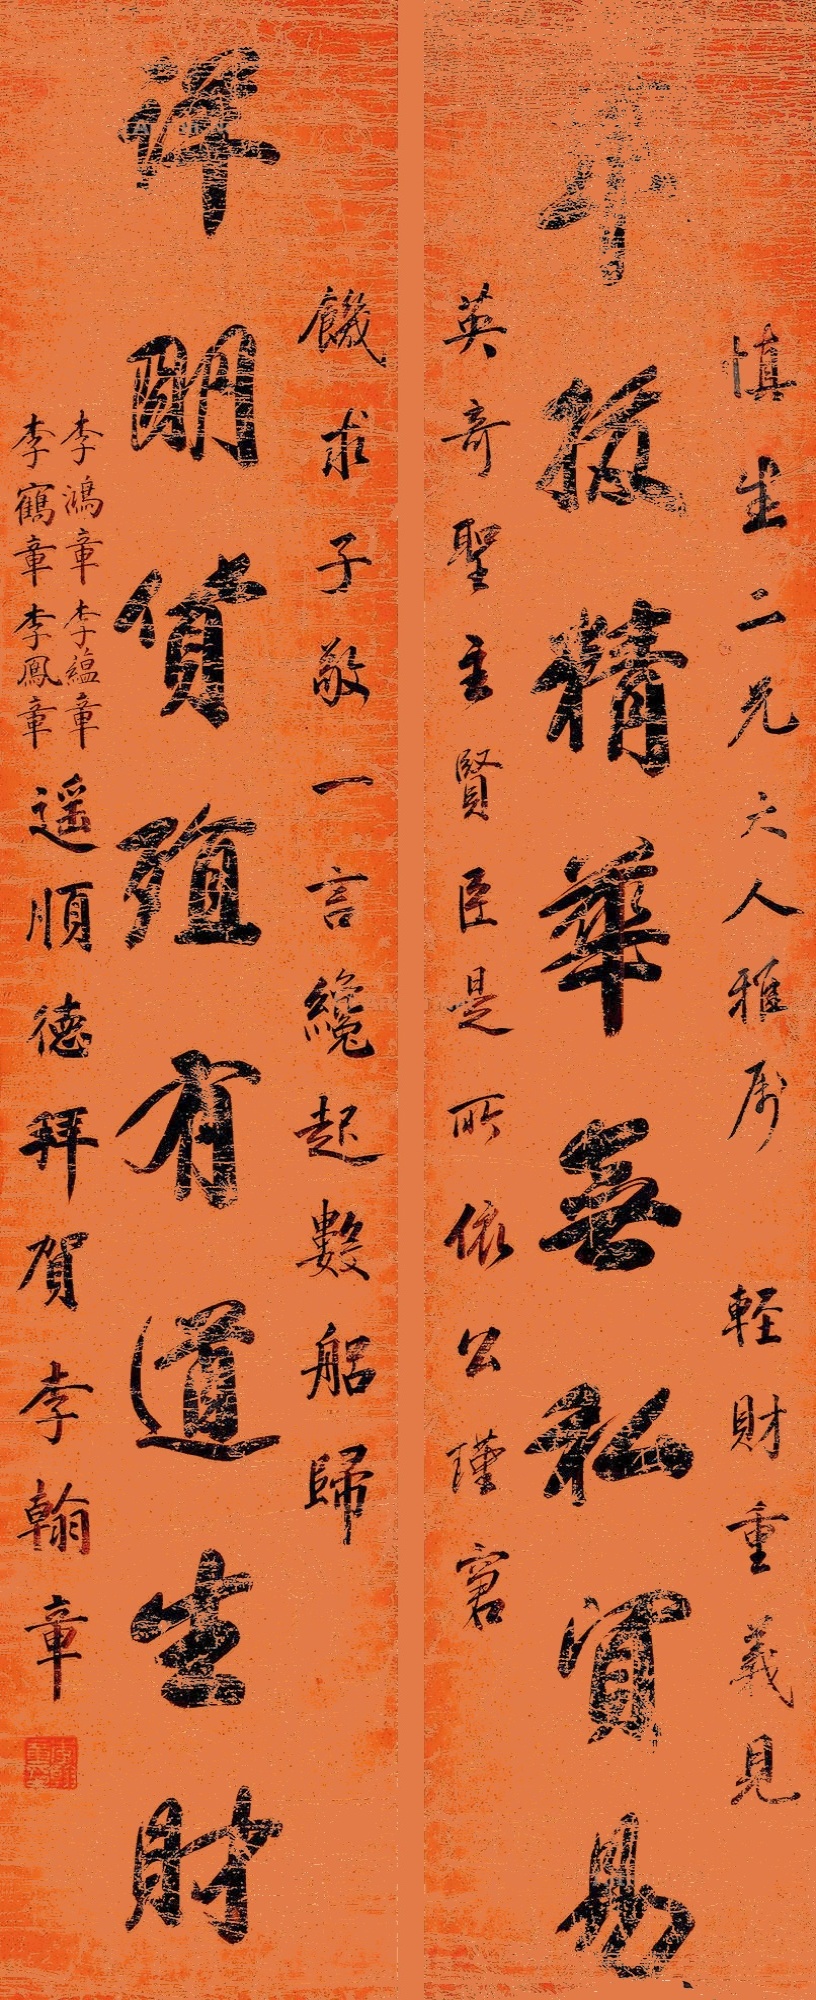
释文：萃拔精华无私贸易，详明货殖有道生财。慎生二兄大人雅属。轻财重义见英奇，圣主贤臣是所依。公瑾窘饥求子敬，一言才起数船归。李鸿章、李蕴章、李鹤章、李鳯章遥顺德拜贺，李翰章。